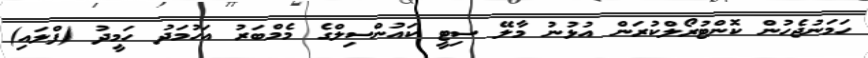
ހަމަނުޖެހުން ކޮންޓުރޯލްކުރަން އުޅުނު މާލޭ ސިޓީ ކައުންސިލްގެ މެމްބަރު އަހުމަދު ހަމީދު (ފްލައި)